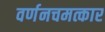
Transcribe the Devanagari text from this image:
वर्णनचमत्कार